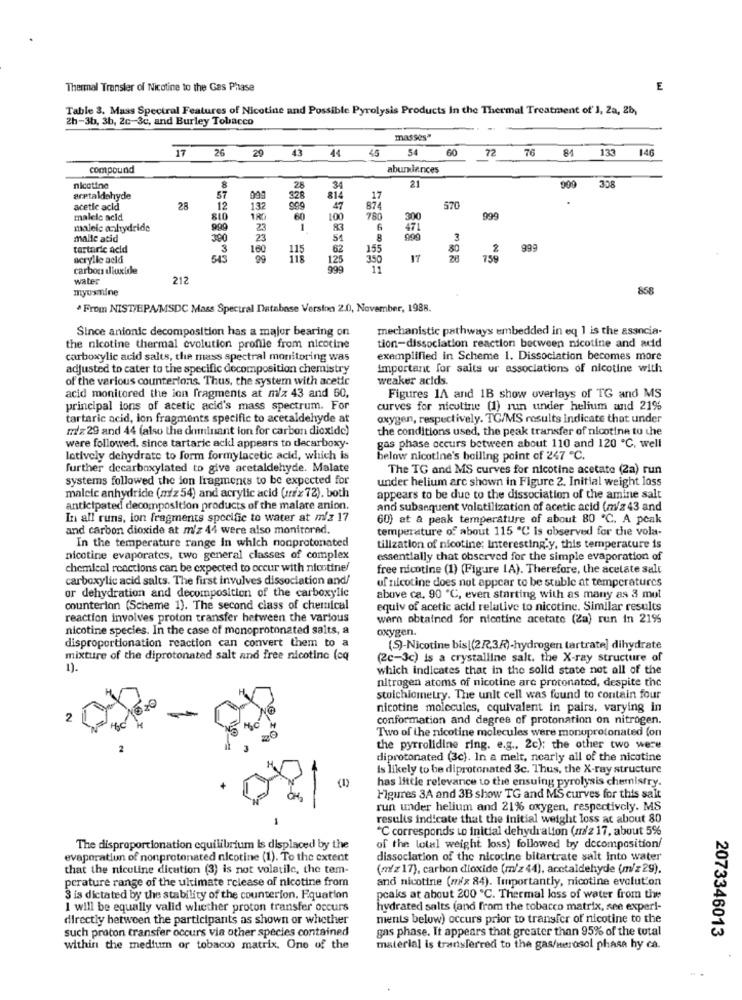
Thermal Transfer of Nicotine to the Gas Phase
E
Table 3. Mass Spectral Features of Nicotine and Possible Pyrolysis Products In the Thermal Treatment of' 1, Za, 2b,
2h-3b, 3b, 2c-3c, and Burley Tobacco
masses"
17
54
72 76 84 133
146
26
29 43 44 45
compound
abundances
308
nicotine
8
28
34
21
909
aretaldehyde
57
328
814
17
acetic acid
28
12
132
999
47
874
570
maleic acid
810
180
60
100
780
300
999
maleic anhydride
999
23
1
83
6
471
malle atid
380
23
51
8
3
tartaric acid
3
160
62
155
80
2
999
acrylle aeld
543
125
350
17
75%
carbon dioxide
999
water
212
myusmmine
858
From NIST/EPA/MSDC Mass Spectral Database Version 2.0, November, 1988.
Since anionic decomposition has a major bearing on
mechanistic pathways embedded in eq 1 is the associa-
tion-dissociation reaction between nicotine and acid
the nicotine thermal evolution profile from nicotine
carboxylic acid salts, the mass spectral monitoring was
exemplified in Scheme 1. Dissociation becomes more
adjusted to cater to the specific decomposition chemistry
important for salts ur associations of nicotine with
of the various counterloris. Thus, the system with acetic
weaker acids.
acid monitored the ion fragments at m'z 43 and 60,
Figures 1A and 1B show overlays of TG and MS
principal ions of acetic acid's mass spectrum. For
curves for nicotine (1) run under helium und 21%
tartaric acid, ion fragments specific to acecaldehyde at
oxygen, respectively. TC/MS results indicate that under
mz29 and 44 (also the dominant ion for carbon dioxide)
the conditions used, the peak transfer of nicotine tu the
were followed. since tartaric acid appears to decarboxy-
gas phase occurs between about 110 and 120 ℃. well
lotively dehydrate to form formylacetic acid, which is
below nicotine's boiling point of 247 ℃.
further decarboxylated to give aretaldehyde. Malate
The TG and MS curves for nicotine acetate (2a) run
systems followed the ion fragments to be expected for
under helium arc shown in Figure 2. Initial weight loss
maleic anhydride (m/z 54) and acrylic acid (Fx72). both
appears to be due to the dissociation of the amine salt
anticipated decomposition products of the malare anion.
and subsequent volatilization of acetic acid (m/z 43 and
In all runs, ion fragments specific to water at m/z 17
60} at a peak temperature of about 80 ℃. A peak
and carbon dioxide at m'z 44 were also monitored.
temperature of about 115 ℃ Is observed for the vola-
In the temperature range In which nonprotonated
tilization of nicotine; Interesting.y, this temperature is
nicotine evaporates, two general classes of complex
essentially that observed for the simple evaporation of
chemical reactions can be expected to occur with nicotine/
free nicotine (1) (Figure IA). Therefore, the acetate salt
carboxylic acid salts. The first invulves dissociation and/
uf nicotine does not appear to be stuble at temperatures
or dehydration and decomposition of the carboxylic
above ca. 90 '℃, even starting with as many as 3 mol
counterion (Scheme 1). The second class of chemical
equiv of acetic acid relative to nicotine. Similar results
reaction involves proton transfer between the various
warn obtained for nicotine acetate (Za) run in 21%
nicotine species. In the case of monoprotonated salts, a
oxygen.
disproportionation reaction can convert them to a
(5)-Nicotine bis|(2R,3R)-hydrogen tartrate] dihydrate
mixture of the diprotonated salt and free nicotine (cq
(2c-3c) is a crystalline salt, the X-ray structure of
1).
which indicates that in the solid state not all of the
nitrogen atoms of nicotine arc protonated, despite the
stoichiometry. The unit cell was found to contain four
nicotine molecules, equivalent in pairs, varying in
2
conformation and degree of protonation on nitrogen.
Two of the nicotine molecules were monuprotonated (on
the pyrrolidine ring. e.g ., 2c); the other two were
diprotonated (3c). In a melt, nearly all of the nicotine
Is likely to be diprotonated 3c. Thus, the X-ray structure
has little relevance to the ensuing pyrolysis chemistry.
Figures 3A and 3B show TG and MS curves for this salt
run under helium and 21% oxygen, respectively. MS
results indicate that the Initial weight loss at about 80
"℃ corresponds Lo initial dehydration (m/2 17, about 5%
The disproportionation equilibrium is displaced by the
of the total weight loss) followed by decomposition/
evaporation of nonprotonated nicotine (1). To the extent
dissociation of the nicotine bitartrate salt Into water
that the nicoline dicution (3) is not volatile, the tem-
(m/z17), carbon dioxide (m/z 44), acctaldehyde (m/z29).
and nicotine (m/x 84). Importantly, nicotine evolution
perature range of the ultimate release of nicotine from
3 is dictated by the stability of the counterion. Equation
peaks at about 200 ℃. Thermal loss of water from the
I will be equally valid whether proton transfer occurs
hydrated salts (and from the tobacco matrix, see experi-
directly between the participants as shown or whether
ments below) occurs prior to transfer of nicotine to the
such proton transfer occurs via other species contained
gas phase. It appears that greater than 95% of the total
2073346013
within the medium or tobacco matrix. One of the
material is transferred to the gas/aerosol phase hy ca.